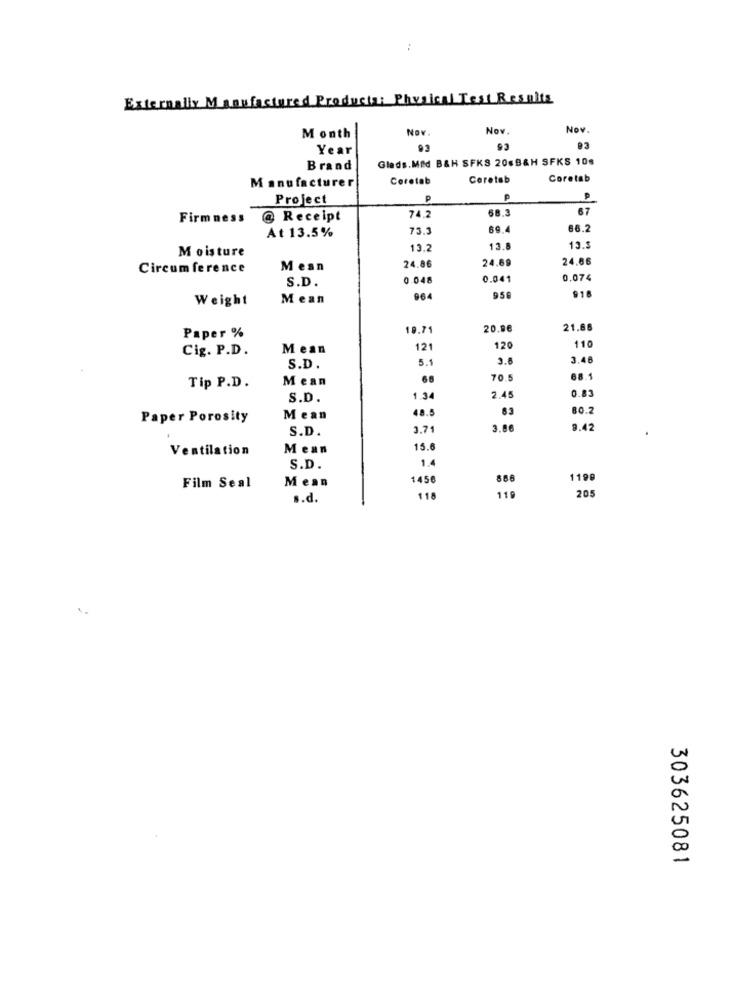
Externally Manufactured Products: Physical Test Results
Nov
Nov
Nov
Month
Year
93
93
93
Glads.Med B&H SFKS 206B&H SFKS 106
Brand
Manufacturer
Corotab
Coretab
Coretab
Project
68.3
67
Firm ness
@ Receipt
74.2
At 13.5%
73.3
69.4
66.2
Moisture
13.2
13.8
13.5
24.69
24,66
Circumference
Mean
24.86
S.D.
0.048
0.041
0.074
Weight
Mean
964
950
916
19.71
20.96
21.88
Paper %
Cig. P.D.
Mean
121
120
110
5.1
3.6
3.41
S.D.
Mean
68
70.5
68.1
Tip P.D.
0.83
S.D.
1.34
2.41
48.5
83
80.2
Paper Porosity
Mean
S.D.
3.71
3.86
9.42
Ventilation
Mean
15.6
1.4
S.D.
Mean
1456
886
1199
Film Seal
119
205
s.d.
118
303625081